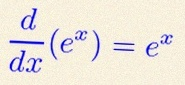
\frac{d}{dx}(e^x)=e^x